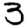
Digit: 3